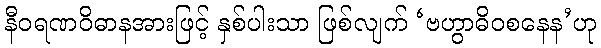
နီဝရဏဝိဓာနအားဖြင့် နှစ်ပါးသာ ဖြစ်လျက် ‘ဗဟွာဓိဝစနေန’ဟု